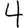
Digit: 4